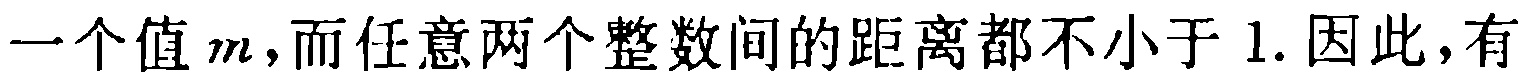
一个值$m$，而任意两个整数间的距离都不小于$1$. 因此，有